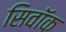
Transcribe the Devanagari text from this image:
सिवॉक